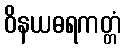
ဝိနယဓရကတ္တံ